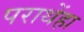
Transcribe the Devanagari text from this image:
पराथेंहा